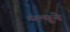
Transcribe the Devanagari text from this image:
ब्ल्यूने